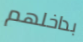
بداخلهم